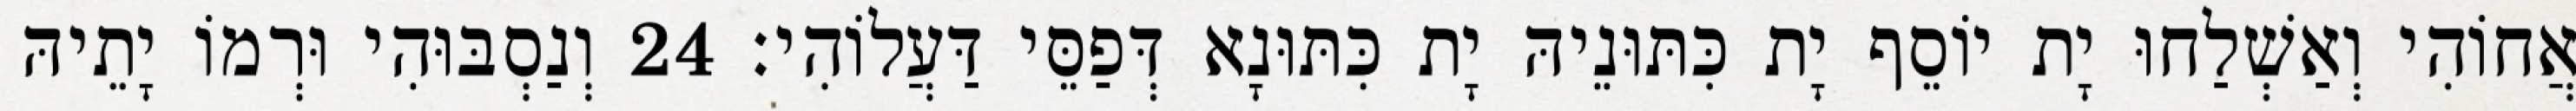
אֲחוֹהִי וְאַשְׁלַחוּ יָת יוֹסֵף יָת כִּתּוּנֵיהּ יָת כִּתּוּנָא דְּפַסֵּי דַּעֲלוֹהִי׃ 24 וְנַסְבּוּהִי וּרְמוֹ יָתֵיהּ